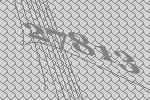
27813